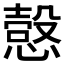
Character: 𰒍